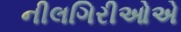
નીલગિરીઓએ